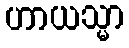
ဟာယသ္မာ